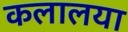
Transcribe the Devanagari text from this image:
कलालया